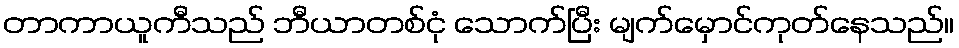
တာကာယူကီသည် ဘီယာတစ်ငုံ သောက်ပြီး မျက်မှောင်ကုတ်နေသည်။